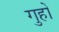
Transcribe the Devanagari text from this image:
गुहों